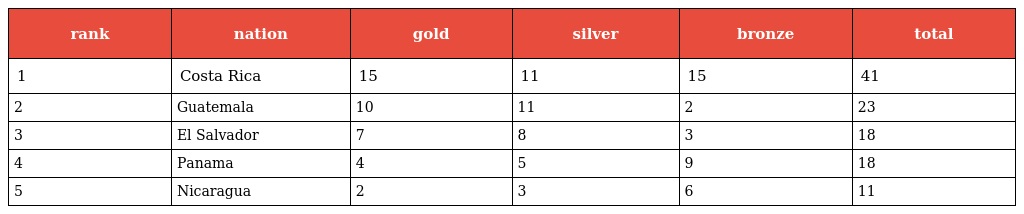
| rank | nation | gold | silver | bronze | total |
 | --- | --- | --- | --- | --- | --- |
 | 1 | Costa Rica | 15 | 11 | 15 | 41 |
 | 2 | Guatemala | 10 | 11 | 2 | 23 |
 | 3 | El Salvador | 7 | 8 | 3 | 18 |
 | 4 | Panama | 4 | 5 | 9 | 18 |
 | 5 | Nicaragua | 2 | 3 | 6 | 11 |